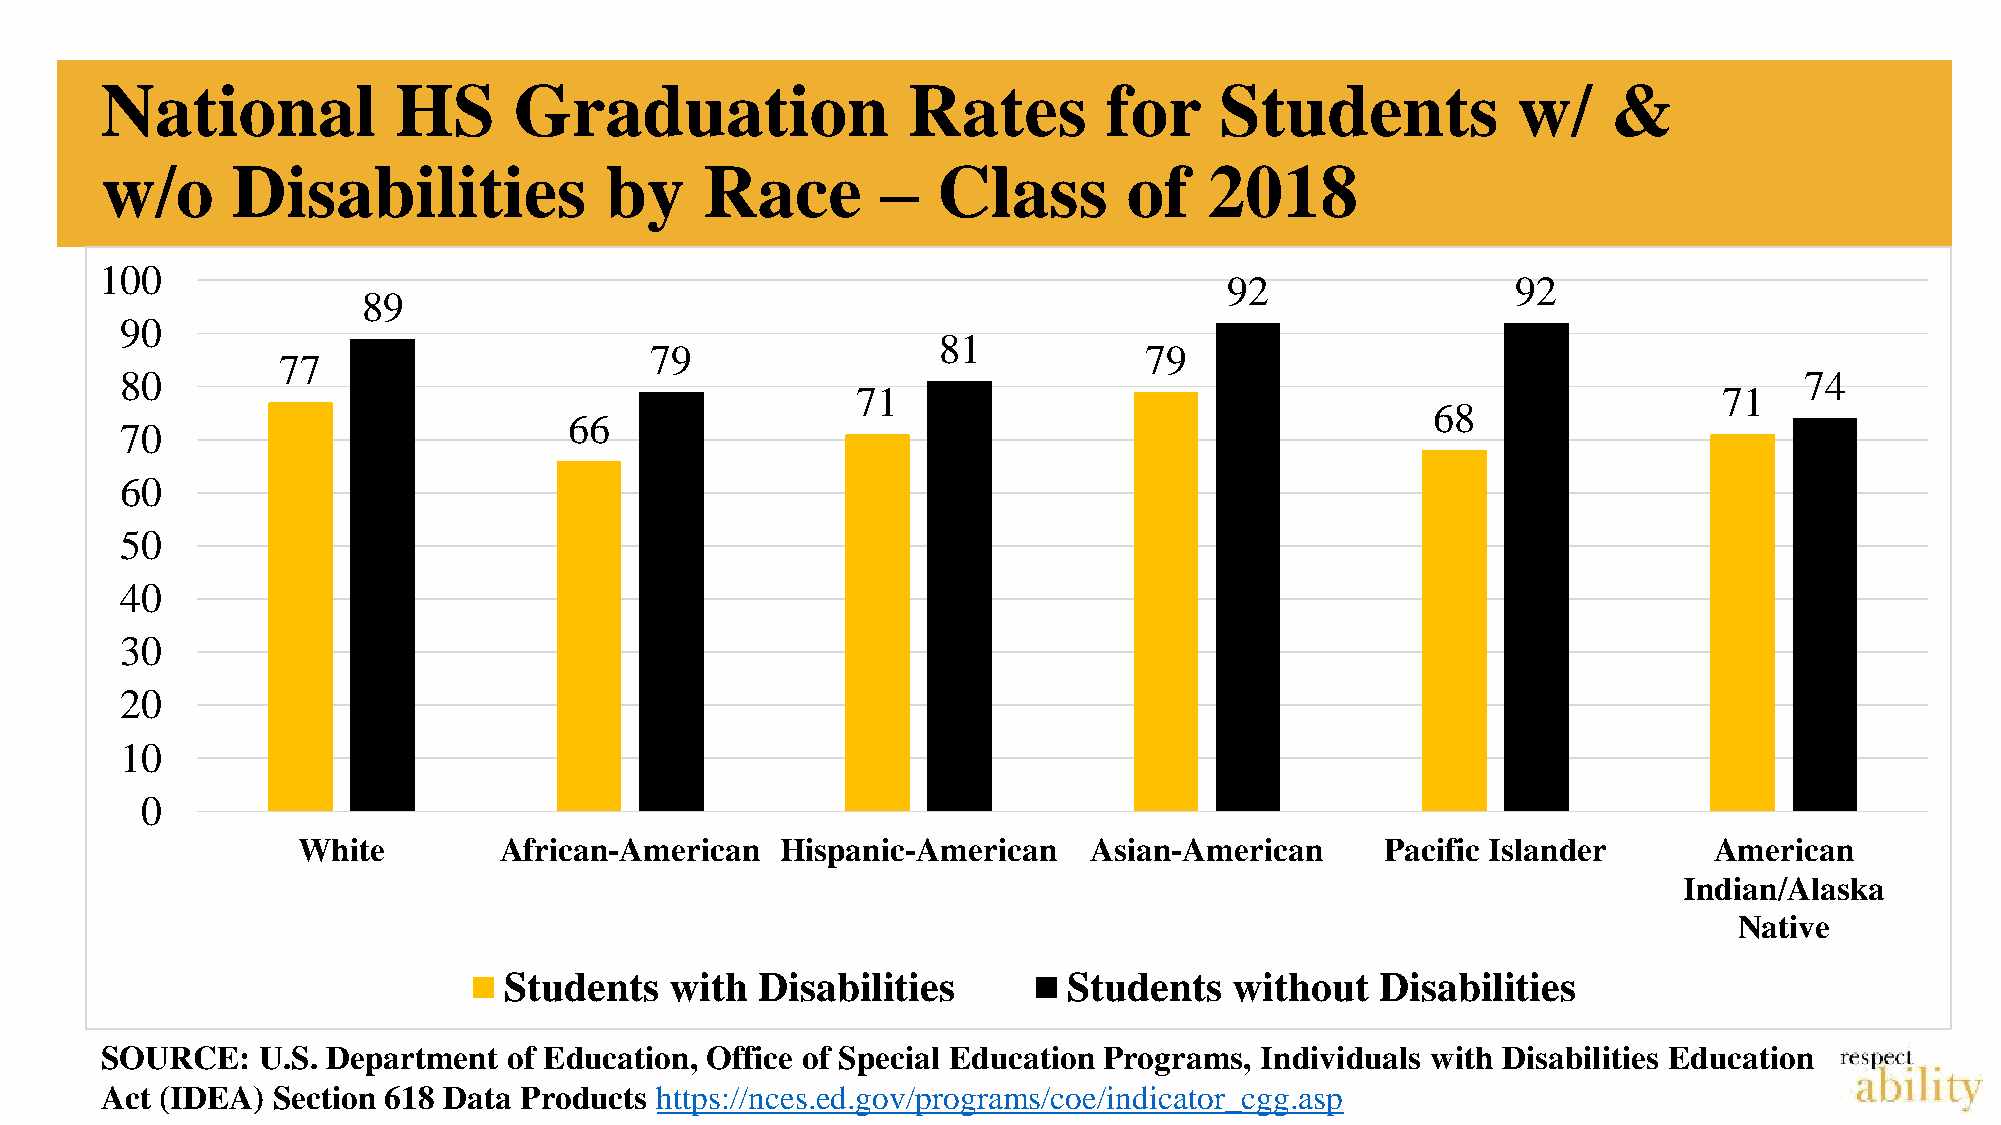
National           HS      Graduation                Rates        for     Students           w/     &
 w/o     Disabilities             by     Race       –   Class        of   2018
 100
 92                 92
 89
 90
 81
 79                               79
 77
 80                                                                                                             74
 71                                                       71
 68
 66
 70
 60
 50
 40
 30
 20
 10
 0
 White        African-American   Hispanic-American   Asian-American      Pacific Islander     American
 Indian/Alaska
 Native
 Students   with  Disabilities         Students   without  Disabilities
 SOURCE:   U.S. Department  of Education, Office of Special Education Programs, Individuals with Disabilities Education
 Act (IDEA) Section 618 Data Products https://nces.ed.gov/programs/coe/indicator_cgg.asp